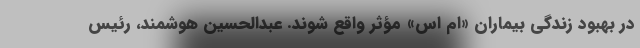
در بهبود زندگی بیماران «ام اس» مؤثر واقع شوند. عبدالحسین هوشمند، رئیس